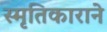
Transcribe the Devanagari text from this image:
स्मृतिकाराने